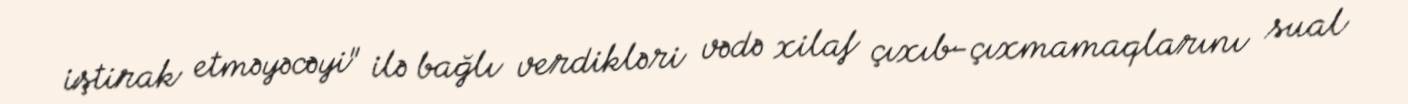
iştirak etməyəcəyi" ilə bağlı verdikləri vədə xilaf çıxıb-çıxmamaqlarını sual